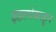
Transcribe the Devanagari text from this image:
इहलोकाहून